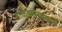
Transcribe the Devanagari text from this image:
टाळकऱ्यांमध्ये